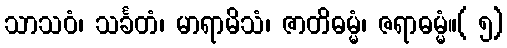
သာသဝံ၊ သင်္ခတံ၊ မာရာမိသံ၊ ဇာတိဓမ္မံ၊ ဇရာဓမ္မံ။( ၅)